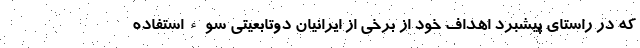
که در راستای پیشبرد اهداف خود از برخی از ایرانیان دوتابعیتی سوءاستفاده